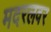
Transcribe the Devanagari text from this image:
मदरलवर